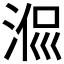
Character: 𣶜